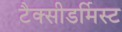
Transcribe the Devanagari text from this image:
टैक्सीडर्मिस्ट